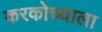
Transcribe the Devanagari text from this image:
करकोच्याला